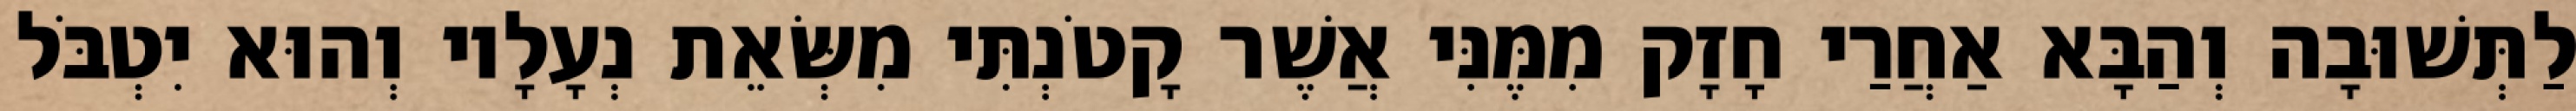
לַתְּשׁוּבָה וְהַבָּא אַחֲרַי חָזָק מִמֶּנִּי אֲשֶׁר קָטֹנְתִּי מִשְּׂאֵת נְעָלָיו וְהוּא יִטְבֹּל